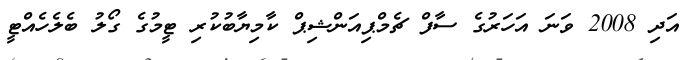
އަދި 2008 ވަނަ އަހަރުގެ ސާފް ޗެމްޕިއަންޝިޕް ކާމިޔާބުކުރި ޓީމުގެ ގޯލު ބެލެހެއްޓީ